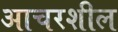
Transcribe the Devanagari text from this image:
आचरशील